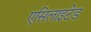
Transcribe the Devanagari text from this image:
एसिलाइटेड